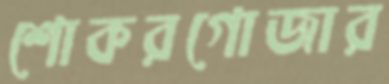
শোকরগোজার